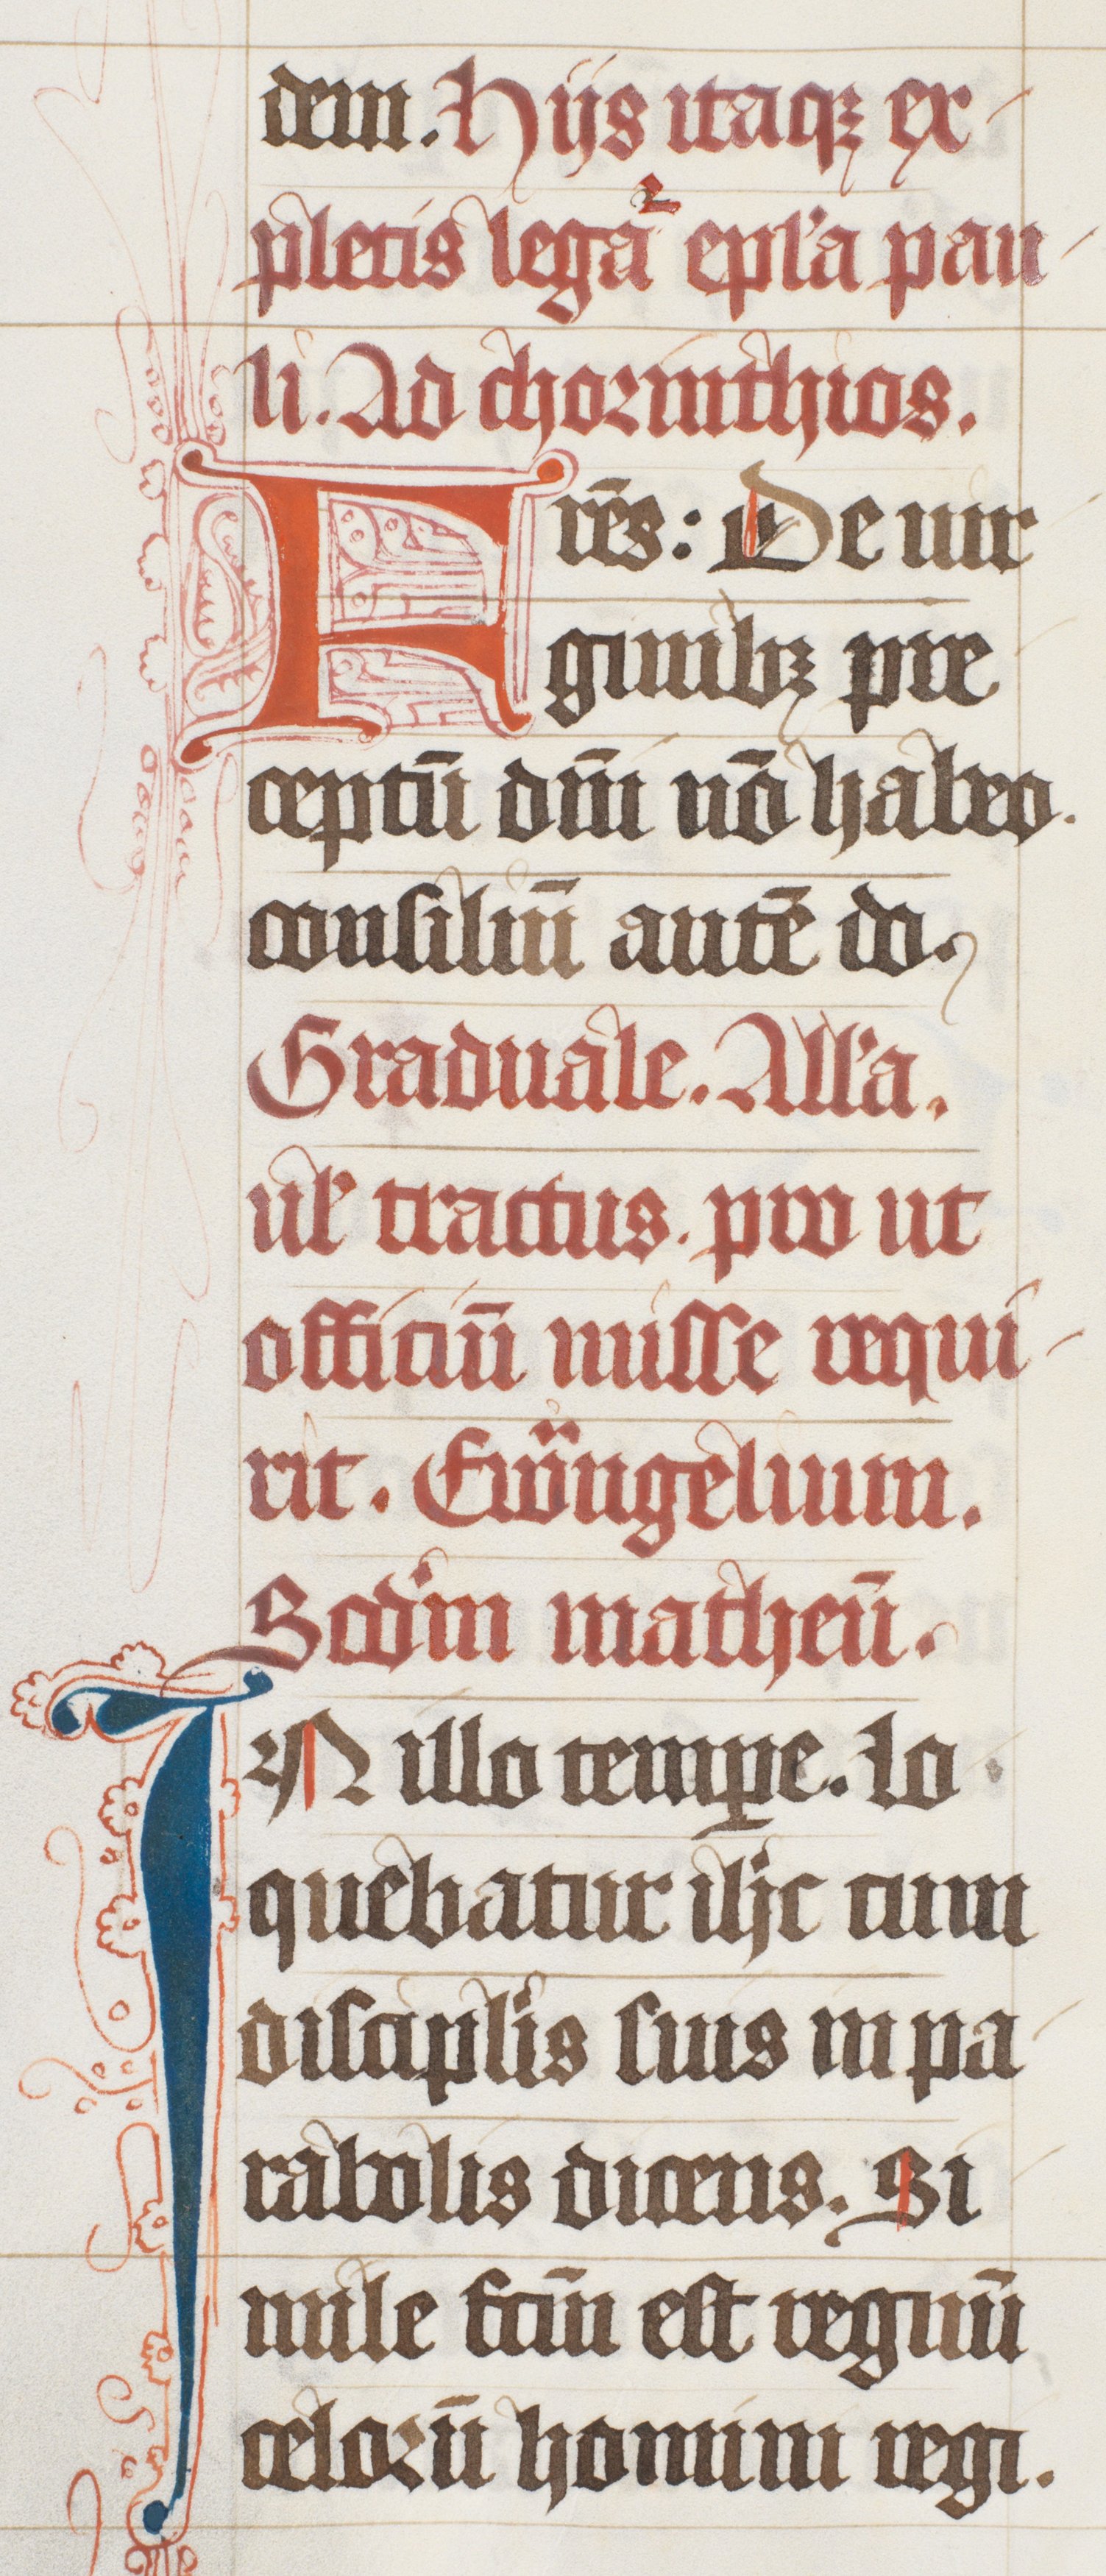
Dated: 1447–1478